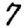
Digit: 7